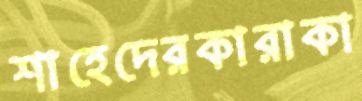
শাহেদেরকারাকা